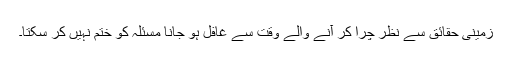
زمینی حقائق سے نظر چرا کر آنے والے وقت سے غافل ہو جانا مسئلہ کو ختم نہیں کر سکتا۔